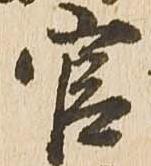
官